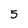
Character: 5